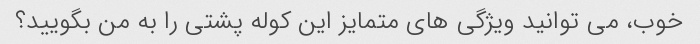
خوب، می توانید ویژگی های متمایز این کوله پشتی را به من بگویید؟